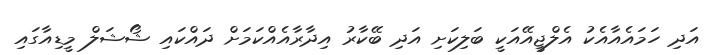
އަދި ހަމައެއާއެކު އެލްޖީއޭއަކީ ބަލިކަށި އަދި ބޭކާރު އިދާރާއެއްކަމަށް ދައްކައި ޝޯޝަލް މީޑިއާގައި